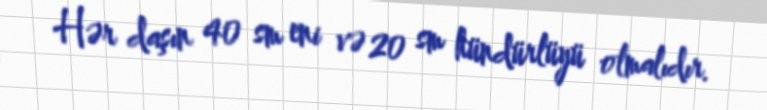
Hər daşın 40 sm eni və 20 sm hündürlüyü olmalıdır.